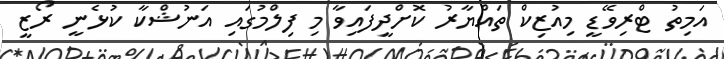
އަމިތު ޓްރިވޭޑީ މިއުޒިކް ތައްޔާރު ކޮށްދީފައިވާ މި ފިލްމުގައި އަނުޝްކާ ކުޅެނީ ރޯޒީ